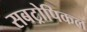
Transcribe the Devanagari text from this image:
सबट्रोपिकल